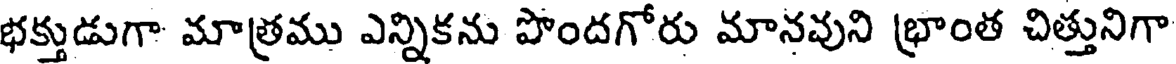
భక్తుడుగా మాత్రము ఎన్నికను పొందగోరు మానవుని భ్రాంత చిత్తునిగా